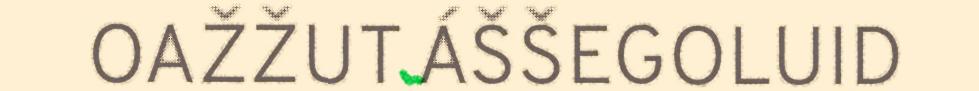
OAŽŽUT ÁŠŠEGOLUID